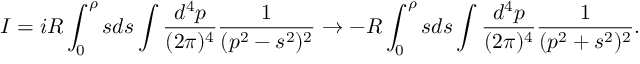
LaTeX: I = i R \int _ { 0 } ^ { \rho } s d s \int \frac { d ^ { 4 } p } { ( 2 \pi ) ^ { 4 } } \frac { 1 } { ( p ^ { 2 } - s ^ { 2 } ) ^ { 2 } } \rightarrow - R \int _ { 0 } ^ { \rho } s d s \int \frac { d ^ { 4 } p } { ( 2 \pi ) ^ { 4 } } \frac { 1 } { ( p ^ { 2 } + s ^ { 2 } ) ^ { 2 } } .